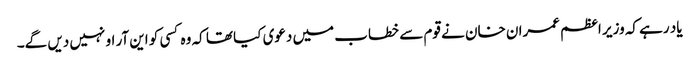
یاد رہے کہ وزیر اعظم عمران خان نے قوم سے خطاب میں دعوی کیا تھا کہ وہ کسی کو این آر او نہیں دیں گے۔